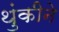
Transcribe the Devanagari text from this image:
थुंकीने